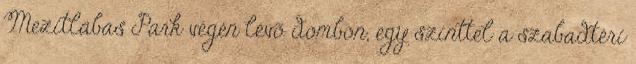
Mezitlábas Park végén lévõ dombon, egy szinttel a szabadtéri